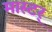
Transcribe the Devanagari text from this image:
मास्टर्